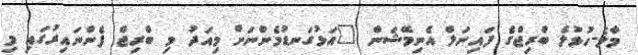
މާލެ-ހުޅުލެ ބްރިޖްގެ ފައިނަލް އެނިމޭޝަން "އަޅުގަނޑުމެންނަށް މިއަދު މި ބްރިޖް ފެންނައިރުގައި މި